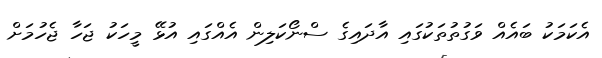
އެކަމަކު ބައެއް ވަގުތުތަކުގައި އާދައިގެ ސްނޯކަލިން އެއްގައި އުޅޭ މީހަކު ޖަހާ ޖެހުމަށް